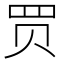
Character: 𧹒